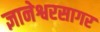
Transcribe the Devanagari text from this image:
ज्ञानेश्वरसागर